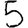
Digit: 5